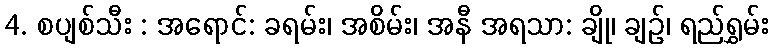
4. စပျစ်သီး : အရောင်: ခရမ်း၊ အစိမ်း၊ အနီ အရသာ: ချို၊ ချဉ်၊ ရည်ရွှမ်း